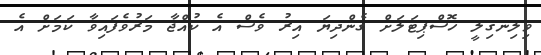
ވިލިނގިލީ ހޮސްޕިޓަލަށް ގެންދިޔަ އިރު ވެސް އެ ކުއްޖާ މަރުވެފައިވާ ކަމަށް އެ